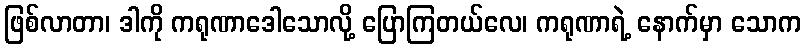
ဖြစ်လာတာ၊ ဒါကို ကရုဏာဒေါသောလို့ ပြောကြတယ်လေ၊ ကရုဏာရဲ့ နောက်မှာ သောက